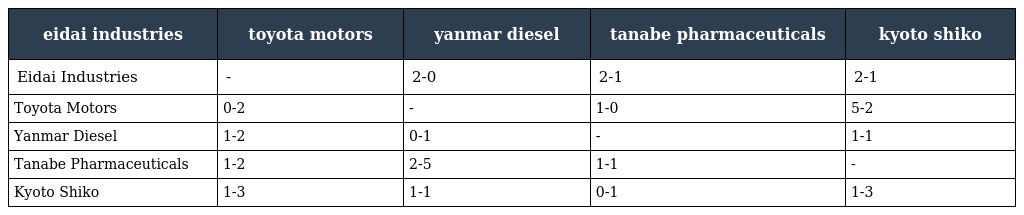
| eidai industries | toyota motors | yanmar diesel | tanabe pharmaceuticals | kyoto shiko |
 | --- | --- | --- | --- | --- |
 | Eidai Industries | - | 2-0 | 2-1 | 2-1 |
 | Toyota Motors | 0-2 | - | 1-0 | 5-2 |
 | Yanmar Diesel | 1-2 | 0-1 | - | 1-1 |
 | Tanabe Pharmaceuticals | 1-2 | 2-5 | 1-1 | - |
 | Kyoto Shiko | 1-3 | 1-1 | 0-1 | 1-3 |